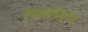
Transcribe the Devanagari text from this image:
एकलीस्टोन